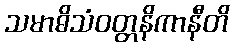
သမာဓိသံဝတ္တနိကာနီတိ